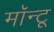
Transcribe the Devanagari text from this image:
मॉन्टू